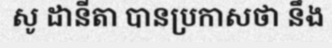
សូ ដានីតា បានប្រកាសថា នឹង